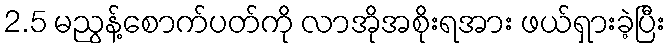
2.5 မညွန့်စောက်ပတ်ကို လာအိုအစိုးရအား ဖယ်ရှားခဲ့ပြီး